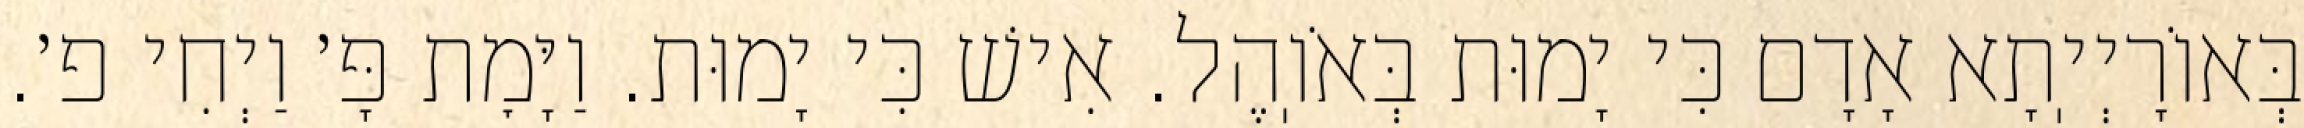
בְּאוֹרָיְיֽתָא אָדָם כִּי יָמוּת בְּאֹוֽהֶל. אִישׁ כִּי יָמוּת. וַיָּמׇת פָּ׳ וַיְחִי פ׳.